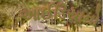
આઈડિયાનો